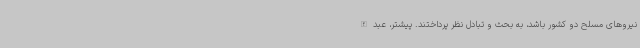
نیروهای مسلح دو کشور باشد، به بحث و تبادل نظر پرداختند. پیشتر، عبدالله